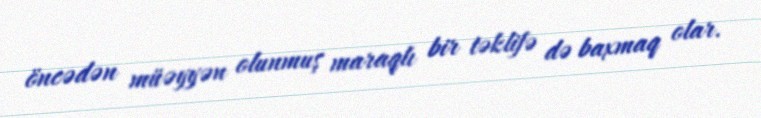
öncədən müəyyən olunmuş maraqlı bir təklifə də baxmaq olar.